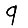
Digit: 9